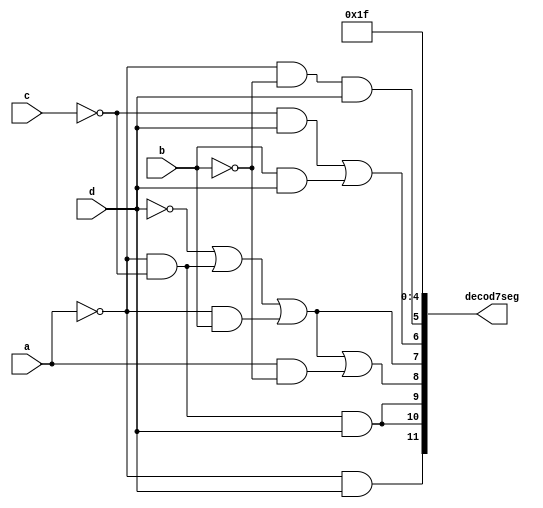
module decod_mostrador(
	input a,b,c,d,
	output wire [11:0] decod7seg
);
wire [4:0] conecta;
// As primeiras saidas se referem ao nmeros
//saida 1
not not0(decod7seg[0],1'b0);
//saida 2
not not1(decod7seg[1],1'b0);
//saida 3
not not2(decod7seg[2],1'b0);
//saida 4
not not3(decod7seg[3],1'b0);
//saida 5
not not4(decod7seg[4],1'b0);
//saida 6
not not5(c1,c);
not not6(d1,d);
not not7(b1,b);
not not8(a1,a);
and and0(decod7seg[5],a1,b1,d);
//saida 7
and and1(conecta[0],c1,d);
and and2(conecta[1],b,d);
or or0(decod7seg[6],conecta[0],conecta[1]);
//saida 8
and and3(conecta[2],a1,c1);
and and4(conecta[3],a1,b);
or or1(decod7seg[7],d1,conecta[2],conecta[3]);
//saida 9
and and5(conecta[4],a,b1);
or or2(decod7seg[8],d1,conecta[2],conecta[3],conecta[4]);
//saida 10
and and6(decod7seg[9],a1,c1,d);
//saida 11
and and7(decod7seg[10],a1,c1,d);
//saida 12
and and8(decod7seg[11],a1,d);
endmodule